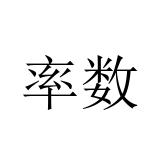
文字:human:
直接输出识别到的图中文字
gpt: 率数